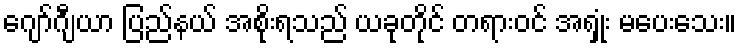
ဂျော်ဂျီယာ ပြည်နယ် အစိုးရသည် ယခုတိုင် တရားဝင် အရှုံး မပေးသေး။